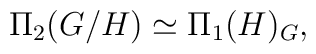
\Pi_2(G/H) \simeq \Pi_1(H)_G,